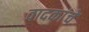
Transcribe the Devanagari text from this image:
वादकांचे